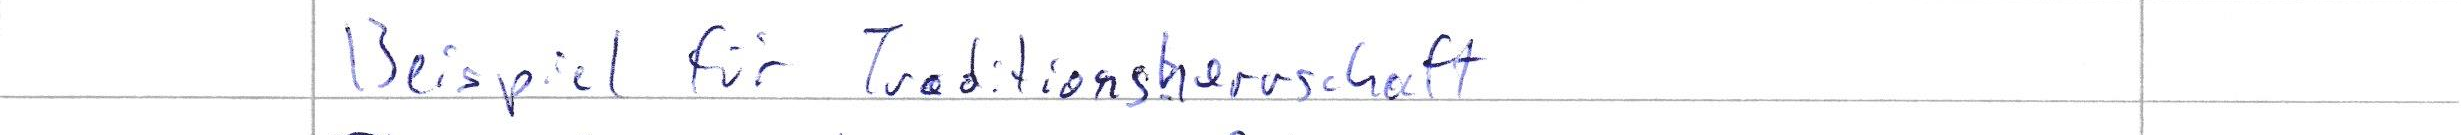
Beispiel für Traditionsherrschaft